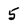
Character: 5